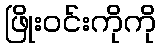
ဖြိုးဝင်းကိုကို